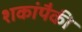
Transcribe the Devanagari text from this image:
शकांपैकी